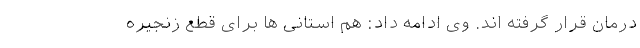
درمان قرار گرفته اند. وی ادامه داد: هم استانی ها برای قطع زنجیره